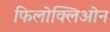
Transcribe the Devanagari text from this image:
फिलोक्लिओन